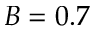
B = 0 . 7